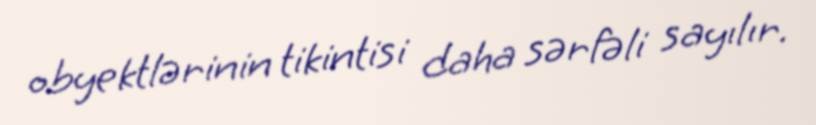
obyektlərinin tikintisi daha sərfəli sayılır.